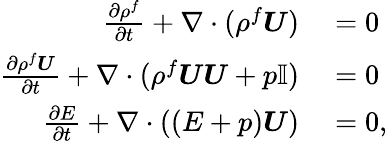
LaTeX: \begin{array}{rl}{\frac{\partial\rho^{f}}{\partial t}+\nabla\cdot(\rho^{f}\boldsymbol{U})}&{{}=0}\\ {\frac{\partial\rho^{f}\boldsymbol{U}}{\partial t}+\nabla\cdot(\rho^{f}\boldsymbol{U}\boldsymbol{U}+p\mathbb{I})}&{{}=0}\\ {\frac{\partial E}{\partial t}+\nabla\cdot((E+p)\boldsymbol{U})}&{{}=0,}\end{array}